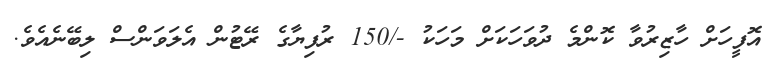
އޮފީހަށް ހާޒިރުވާ ކޮންމެ ދުވަހަކަށް މަހަކު -/150 ރުފިޔާގެ ރޭޓުން އެލަވަންސް ލިބޭނެއެވެ.